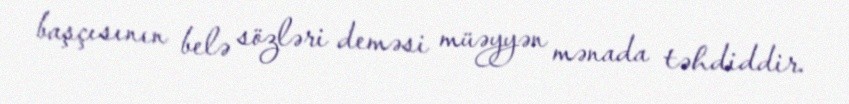
başçısının belə sözləri deməsi müəyyən mənada təhdiddir.